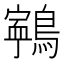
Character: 𪅢